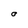
Character: O